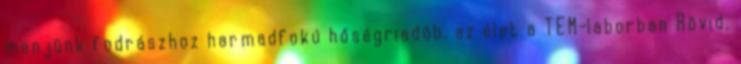
menjünk fodrászhoz harmadfokú hőségriadób. az élet a TEM-laborban Rövid,